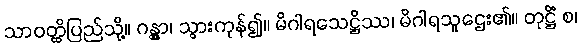
သာဝတ္ထိပြည်သို့။ ဂန္တွာ၊ သွားကုန်၍။ မိဂါရသေဋ္ဌိဿ၊ မိဂါရသူဌေး၏။ တုဋ္ဌိံ စ၊